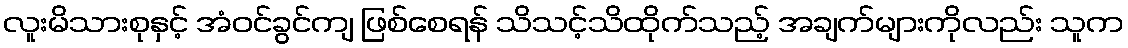
လူးမိသားစုနှင့် အံဝင်ခွင်ကျ ဖြစ်စေရန် သိသင့်သိထိုက်သည့် အချက်များကိုလည်း သူက